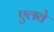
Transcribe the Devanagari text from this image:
एलवे